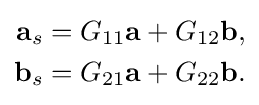
{\begin{aligned}{\textbf {a}}_{s}&=G_{11}{\textbf {a}}+G_{12}{\textbf {b}},\\{\textbf {b}}_{s}&=G_{21}{\textbf {a}}+G_{22}{\textbf {b}}.\end{aligned}}